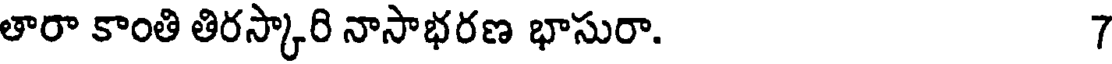
తారా కాంతి తిరస్కారి నాసాభరణ భాసురా. 7